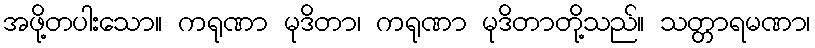
အဖို့တပါးသော။ ကရုဏာ မုဒိတာ၊ ကရုဏာ မုဒိတာတို့သည်။ သတ္တာရမဏာ၊